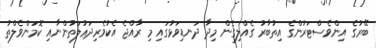
ބޭރުގެ އިންވެސްޓަރުންގެ އިތުބާރު ގެއްލިގެން މިދާ ދަނޑިވަޅުގައި މި ރާއްޖެ އެކުވެރިދަޢުލަތުންނާއި ކޮމަންވެލްތު